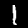
Digit: 1